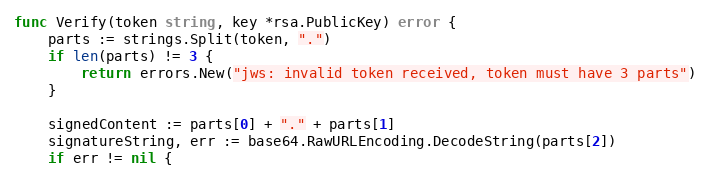
Language: Go
func Verify(token string, key *rsa.PublicKey) error {
	parts := strings.Split(token, ".")
	if len(parts) != 3 {
		return errors.New("jws: invalid token received, token must have 3 parts")
	}

	signedContent := parts[0] + "." + parts[1]
	signatureString, err := base64.RawURLEncoding.DecodeString(parts[2])
	if err != nil {